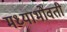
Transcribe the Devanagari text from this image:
मध्याभोवती